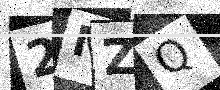
Text: 2MZQ